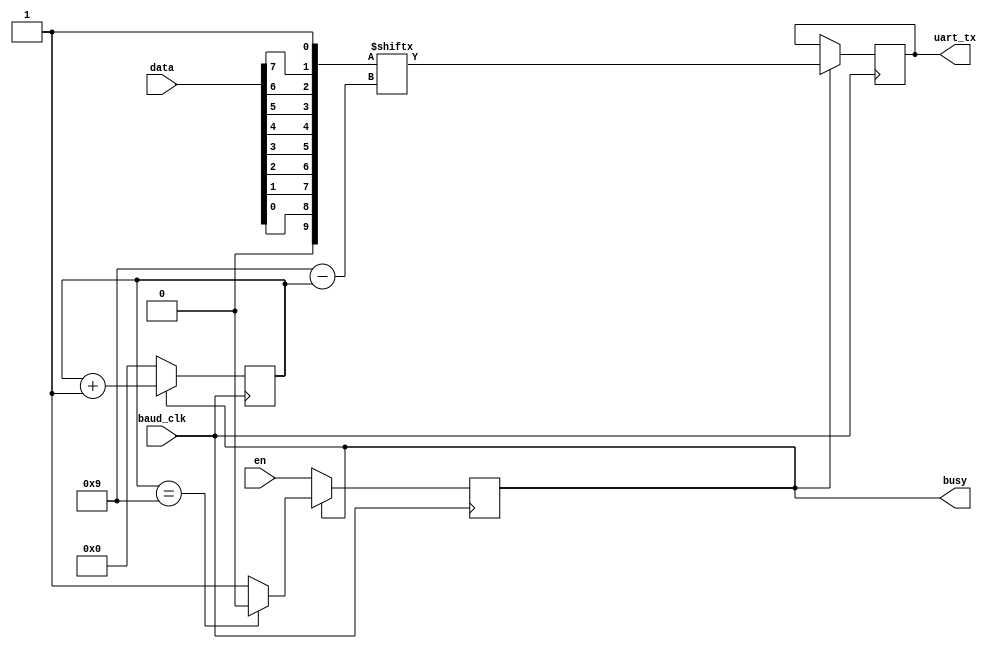
/* module */
module uart_tx_8n1 (
    input wire baud_clk,
    input wire en,
    input wire [7:0] data,
    output reg busy,
    output reg uart_tx
);

    parameter UART_HIGH = 1'b1;
    parameter UART_LOW = 1'b0;

    initial busy = 0; // is currently sending data
    initial uart_tx = UART_HIGH; // idlestate = 1    
	 
    
    wire [0:9] send_data = {UART_LOW, data[0],data[1],data[2],data[3],data[4],data[5],data[6],data[7], UART_HIGH};    
    
    reg [4:0] counter = 0; // value: 0 startbit, 1-8 data bits index, 9 stop bit
        
    always @ (posedge baud_clk) begin    	
        if (busy==1) 
        begin
    		uart_tx <= send_data[counter];
    		counter <= counter + 1;
				
			if(counter==9) busy <= 0;	

        end else begin
			counter <= 0;				
    		busy <= en;
		end
    end
endmodule